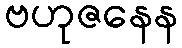
ဗဟုဇနေန